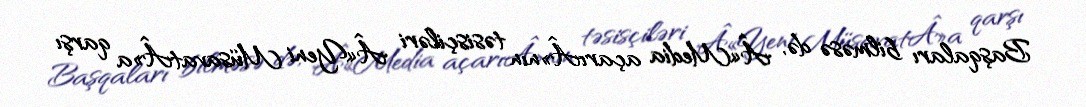
Başqaları bilməsə də, Â«Media açarıÂ»nın təsisçiləri Â«Yeni MüsavatÂ»a qarşı